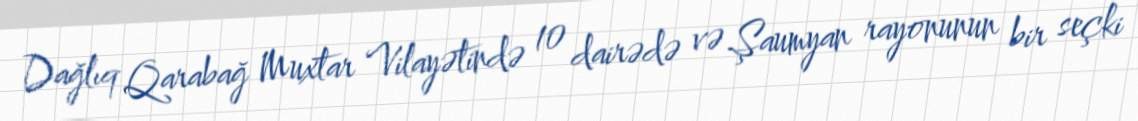
Dağlıq Qarabağ Muxtar Vilayətində 10 dairədə və Şaumyan rayonunun bir seçki